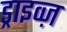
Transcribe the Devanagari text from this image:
ड्राइव्ज़